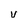
Character: v